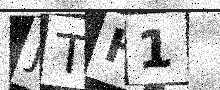
Text: JTH1